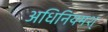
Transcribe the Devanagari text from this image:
अधिनियमश्